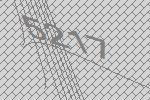
5217